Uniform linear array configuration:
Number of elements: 64
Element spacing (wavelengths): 0.25
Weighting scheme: binomial
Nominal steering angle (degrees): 0
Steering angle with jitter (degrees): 0.1714
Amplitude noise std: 0.05
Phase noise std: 0.05

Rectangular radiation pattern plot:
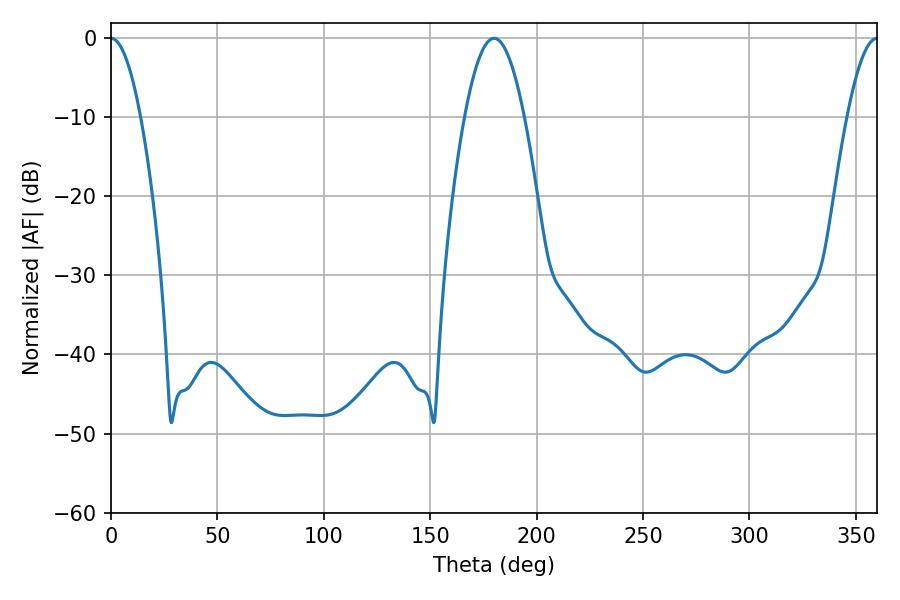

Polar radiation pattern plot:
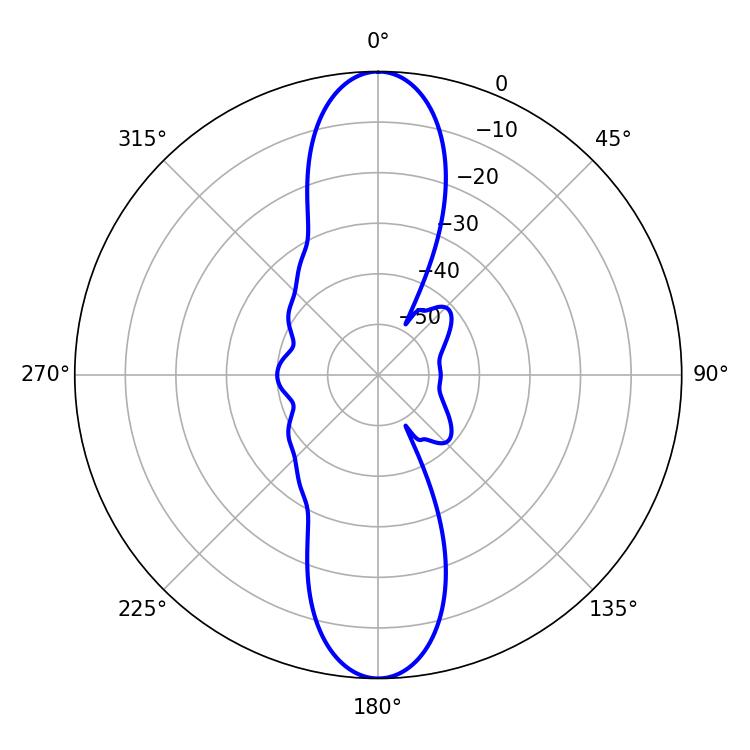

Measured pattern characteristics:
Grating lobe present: FALSE
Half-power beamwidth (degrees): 7.74
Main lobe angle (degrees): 360